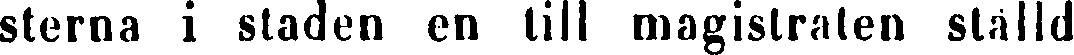
sterna i staden en till magistraten ställd